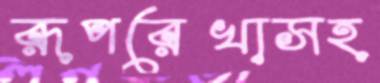
রূপরেখাসহ